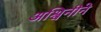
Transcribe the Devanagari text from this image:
अश्विनीने